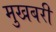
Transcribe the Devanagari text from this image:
मुखबरी